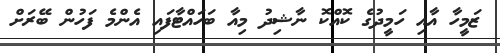
ޒަމީހާ އާއި ހަމީދުގެ ކޮއްކޮ ނާޝިދު މިއާ ބަހައްޓާފައި އެންމެ ފަހުން ބޭރަށް